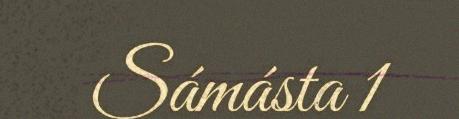
Sámásta 1